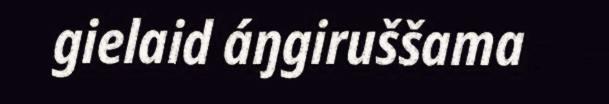
gielaid áŋgiruššama